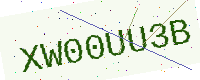
Text: XW00UU3B